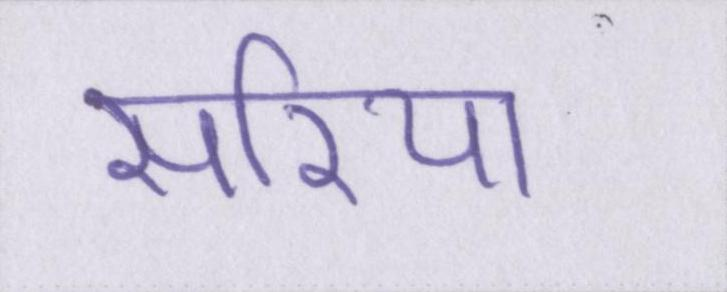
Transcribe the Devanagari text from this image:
सरिया